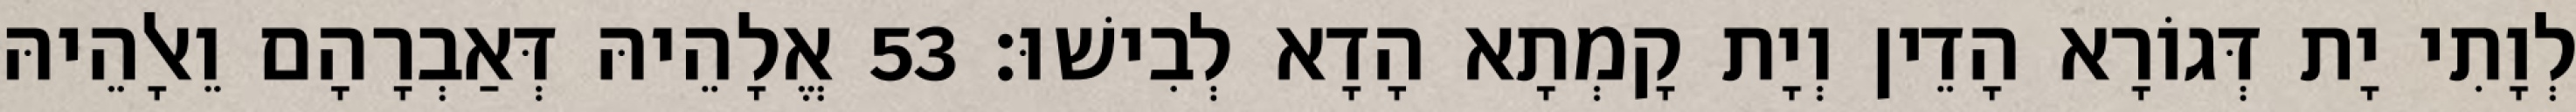
לְוָתִי יָת דְּגוֹרָא הָדֵין וְיָת קָמְתָא הָדָא לְבִישׁוּ׃ 53 אֱלָהֵיהּ דְּאַבְרָהָם וֵאלָהֵיהּ